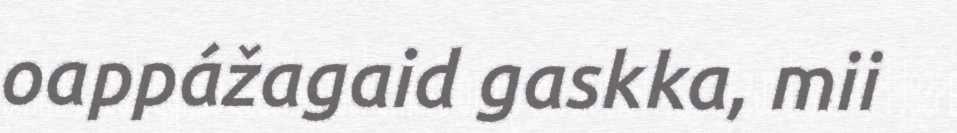
oappážagaid gaskka, mii